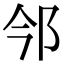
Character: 𨙽